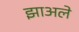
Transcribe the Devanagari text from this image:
झाअले